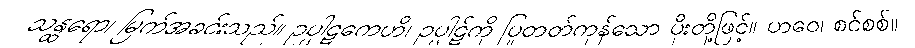
သန္ထရော၊ မြက်အခင်းသည်။ ဥပ္ပါဋကေဟိ၊ ဥပ္ပါဋ်ကို ပြုတတ်ကုန်သော ပိုးတို့ဖြင့်။ ဟဝေ၊ စင်စစ်။